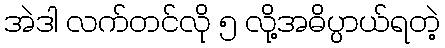
အဲဒါ လက်တင်လို ၅ လို့အဓိပ္ပာယ်ရတဲ့